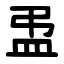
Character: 盄